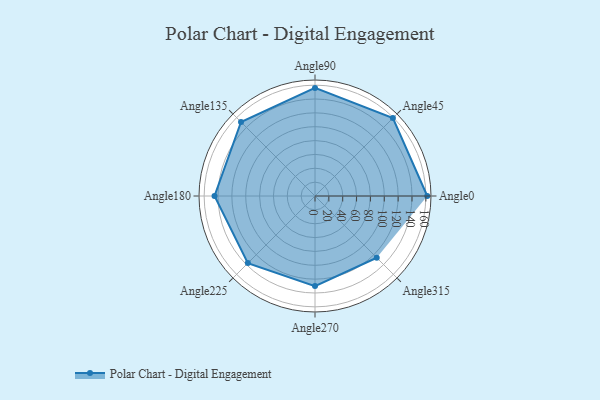
{"axis": {"x": "Angle", "y": "Radius"}, "legend": [""], "data": [{"x": "Angle0", "y": 162.0, "type": ""}, {"x": "Angle45", "y": 159.0, "type": ""}, {"x": "Angle90", "y": 156.0, "type": ""}, {"x": "Angle135", "y": 151.0, "type": ""}, {"x": "Angle180", "y": 145.0, "type": ""}, {"x": "Angle225", "y": 137.0, "type": ""}, {"x": "Angle270", "y": 130.0, "type": ""}, {"x": "Angle315", "y": 126.0, "type": ""}]}